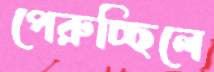
পেরুচ্ছিলে